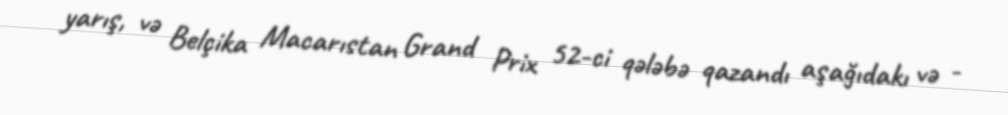
yarış, və Belçika Macarıstan Grand Prix 52-ci qələbə qazandı aşağıdakı və -